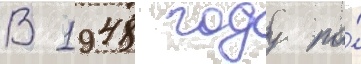
В 1948 году по́